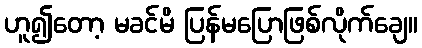
ဟူ၍တော့ မခင်မိ ပြန်မပြောဖြစ်လိုက်ချေ။